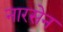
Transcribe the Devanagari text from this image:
नारसेन